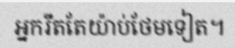
អ្នករឹតតែយ៉ាប់ថែមទៀត។